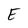
Character: E